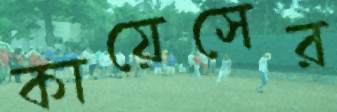
কায়েসের